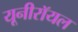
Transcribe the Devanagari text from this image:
यूनीरॉयल